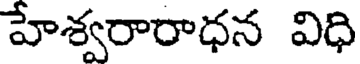
హేశ్వరారాధన విధి